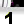
Digit: 1